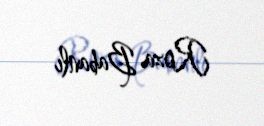
Roza Babanlı